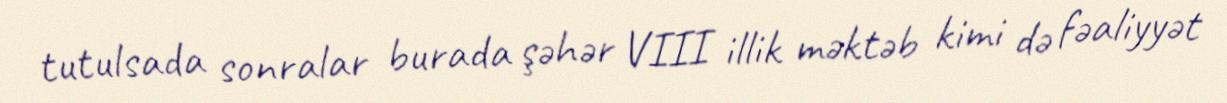
tutulsada sonralar burada şəhər VIII illik məktəb kimi də fəaliyyət